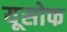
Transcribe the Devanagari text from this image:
यूसोफ